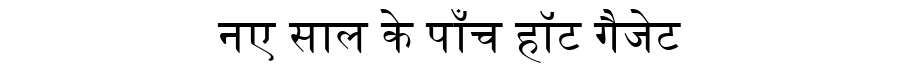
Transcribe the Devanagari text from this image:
नए साल के पाँच हॉट गैजेट